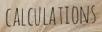
CALCULATIONS